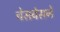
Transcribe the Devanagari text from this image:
चेसबेसने